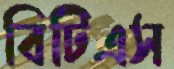
বিটিএস